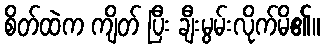
စိတ်ထဲက ကျိတ် ပြီး ချီးမွမ်းလိုက်မိ၏။